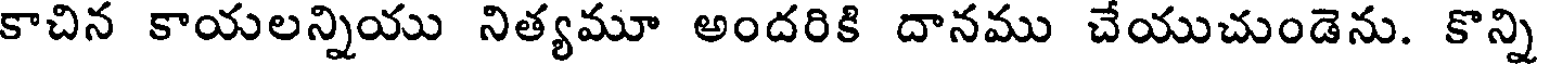
కాచిన కాయలన్నియు నిత్యమూ అందరికి దానము చేయుచుండెను. కొన్ని